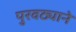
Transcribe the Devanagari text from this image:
पुरवठ्याने